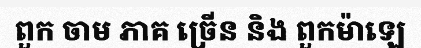
ពួក ចាម ភាគ ច្រើន និង ពួកម៉ាឡេ